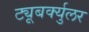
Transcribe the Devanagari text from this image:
ट्यूबर्क्युलर